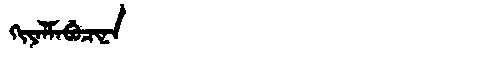
Manchu: ᡴᡳᠶᠠᠯᠮᠠᠪᡠᠴᡳᠨᠠ
Romanization: KIYALMABUCINA